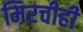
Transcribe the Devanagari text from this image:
मिरचीही